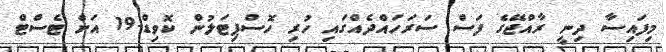
މިފައިސާ ދިނީ ރާއްޖޭގެ ފަސް ސަރަހައްދެއްގައި ހުރި ހޮސްޕިޓަލުން ކޮވިޑް-19 އަށް ޓެސްޓް